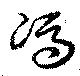
馮